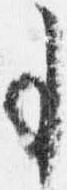
事